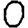
Digit: 0